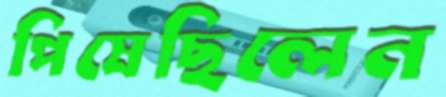
পিষেছিলেন